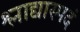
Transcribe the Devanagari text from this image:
श्लाद्यास्पदं